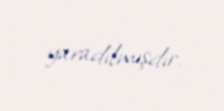
yaradılmışdır.